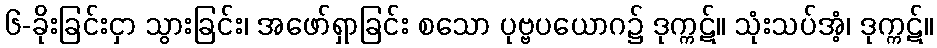
၆-ခိုးခြင်းငှာ သွားခြင်း၊ အဖော်ရှာခြင်း စသော ပုဗ္ဗပယောဂ၌ ဒုက္ကဋ်။ သုံးသပ်အံ့၊ ဒုက္ကဋ်။